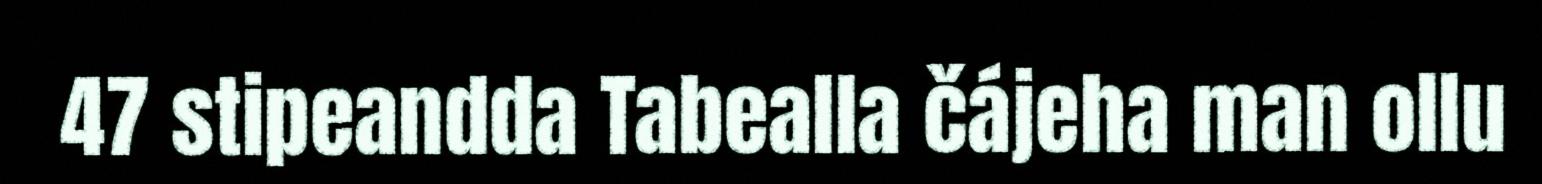
47 stipeandda Tabealla čájeha man ollu